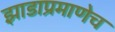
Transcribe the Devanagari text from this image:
झाडाप्रमाणेच